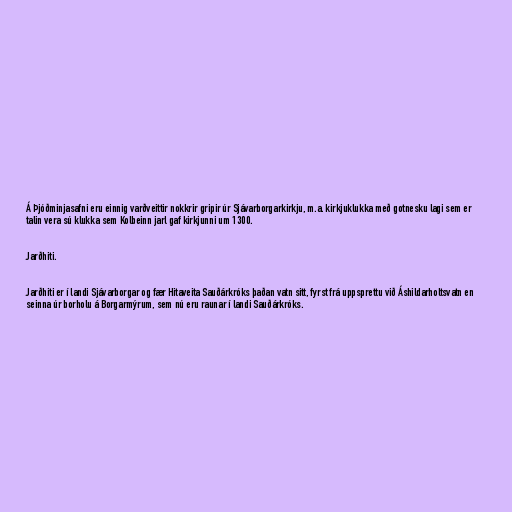
Á Þjóðminjasafni eru einnig varðveittir nokkrir gripir úr Sjávarborgarkirkju, m.a. kirkjuklukka með gotnesku lagi sem er
talin vera sú klukka sem Kolbeinn jarl gaf kirkjunni um 1300.

Jarðhiti.

Jarðhiti er í landi Sjávarborgar og fær Hitaveita Sauðárkróks þaðan vatn sitt, fyrst frá uppsprettu við Áshildarholtsvatn en
seinna úr borholu á Borgarmýrum, sem nú eru raunar í landi Sauðárkróks.